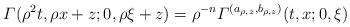
LaTeX: \begin{align*}\varGamma(\rho^{2}t,\rho x+z;0,\rho\xi+z)=\rho^{-n}\varGamma^{(a_{\rho,z},b_{\rho,z})}(t,x;0,\xi)\end{align*}